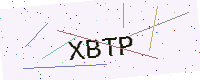
Text: XBTP